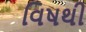
વિષથી